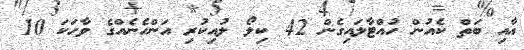
އާއި ބަތް ކެއުން ހުއްޓާލައިގެން 42 ކިލޯ ލުއިކުރި އަންހެނެއްގެ ވާހަކަ 10